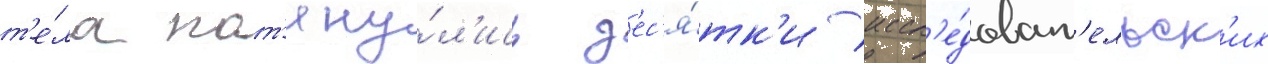
т'е́ла пот'яну́л'ись д'ес'я́тк'и иссл'е́доват'ельск'их